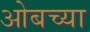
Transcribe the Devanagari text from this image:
ओबच्या